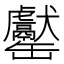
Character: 𦉧